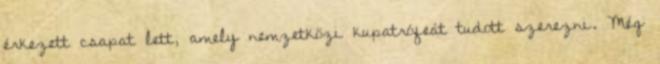
érkezett csapat lett, amely nemzetközi kupatrófeát tudott szerezni. Még